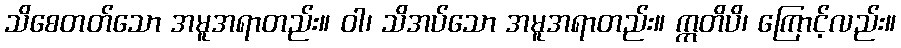
သိစေတတ်သော အမူအရာတည်း။ ဝါ၊ သိအပ်သော အမူအရာတည်း။ ဣတိပိ၊ ကြောင့်လည်း။